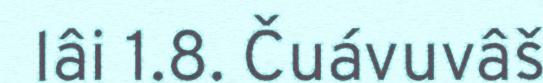
lâi 1.8. Čuávuvâš